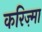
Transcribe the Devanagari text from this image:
करिज़्मा